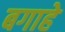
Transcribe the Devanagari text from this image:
बगाहे